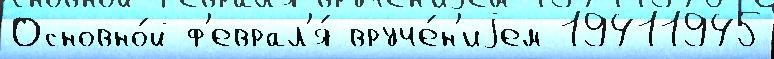
Основно́й ф'еврал'я́ вруче́н'иjем 19411945